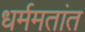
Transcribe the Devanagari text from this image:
धर्ममतांत